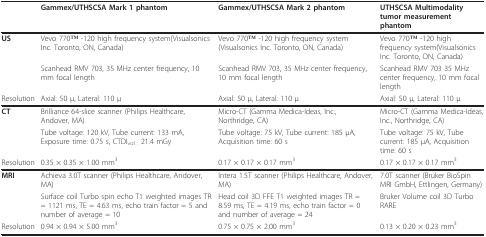
|  | Gammex/UTHSCSA Mark 1 phantom | Gammex/UTHSCSA Mark 2 phantom | UTHSCSA Multimodality tumor measurement phantom |
 | --- | --- | --- | --- |
 | US | Vevo 770TM -120 high frequency system(Visualsonics Inc. Toronto, ON, Canada) | Vevo 770TM -120 high frequency system(Visualsonics Inc. Toronto, ON, Canada) | Vevo 770TM -120 high frequency system(Visualsonics Inc. Toronto, ON, Canada) |
 |  | Scanhead RMV 703, 35 MHz center frequency, 10 mm focal length | Scanhead RMV 703, 35 MHz center frequency, 10 mm focal length | Scanhead RMV 703 35 MHz center frequency, 10 mm focal length |
 | Resolution | Axial: 50 μ, Lateral: 110 μ | Axial: 50 μ, Lateral: 110 μ | Axial: 50 μ, Lateral: 110 μ |
 | CT | Brilliance 64-slice scanner (Philips Healthcare, Andover, MA) | Micro-CT (Gamma Medica-Ideas, Inc., Northridge, CA) | Micro-CT (Gamma Medica-Ideas, Inc., Northridge, CA) |
 |  | Tube voltage: 120 kV, Tube current: 133 mA, Exposure time: 0.75 s, CTDIvol : 21.4 mGy | Tube voltage: 75 kV, Tube current: 185 μA, Acquisition time: 60 s | Tube voltage: 75 kV, Tube current: 185 μA, Acquisition time: 60 s |
 | Resolution | 0.35 × 0.35 × 1.00 mm3 | 0.17 × 0.17 × 0.17 mm3 | 0.17 × 0.17 × 0.17 mm3 |
 | MRI | Achieva 3.0T scanner (Philips Healthcare, Andover, MA) | Intera 1.5T scanner (Philips Healthcare, Andover, MA) | 7.0T scanner (Bruker BioSpin MRI GmbH, Ettlingen, Germany) |
 |  | Surface coil Turbo spin echo T1 weighted images TR = 1121 ms, TE = 4.63 ms, echo train factor = 5 and number of average = 10 | Head coil 3D FFE T1 weighted images TR = 8.59 ms, TE = 4.19 ms, echo train factor = 0 and number of average = 24 | Bruker Volume coil 3D Turbo RARE |
 | Resolution | 0.94 × 0.94 × 5.00 mm3 | 0.75 × 0.75 × 2.00 mm3 | 0.13 × 0.20 × 0.23 mm3 |